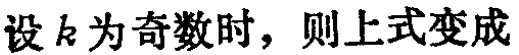
设 \(k\) 为奇数时，则上式变成